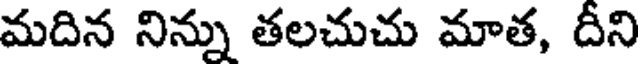
మదిన నిన్ను తలచుచు మాత, దీని